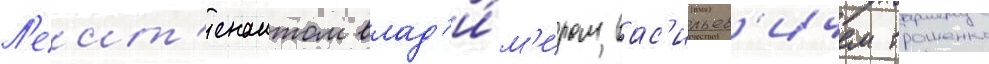
Л'еит'енантом влад'и́м'иром вас'ильев'ичем трошенко